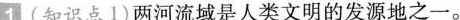
1 (知识点1)两河流域是人类文明的发源地之一。